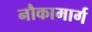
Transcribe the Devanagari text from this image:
नौकामार्ग